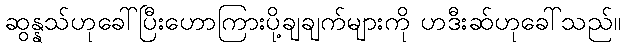
ဆွန္နသ်ဟုခေါ်ပြီးဟောကြားပို့ချချက်များကို ဟဒီးဆ်ဟုခေါ်သည်။